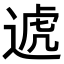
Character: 𨔛